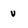
Character: v